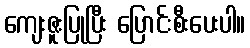
ကျေးဇူးပြုပြီး ပြောင်းစီးပေးပါ။